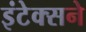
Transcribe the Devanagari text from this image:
इंटेक्सने